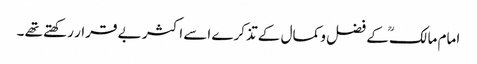
امام مالکؒ کے فضل و کمال کے تذکرے اسے اکثر بے قرار رکھتے تھے ۔